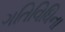
ગતિવિધિના